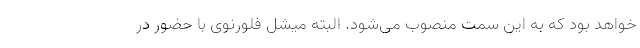
خواهد بود که به این سمت منصوب می‌شود. البته میشل فلورنوی با حضور در